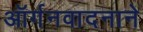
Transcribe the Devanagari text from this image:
ऑर्गनवादनाने